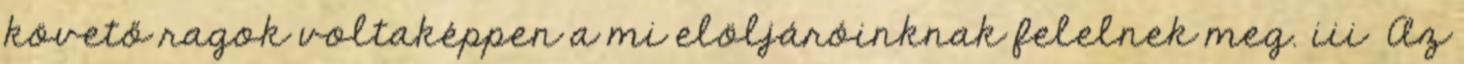
követő ragok voltaképpen a mi elöljáróinknak felelnek meg. iii Az